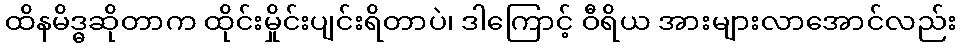
ထိနမိဒ္ဓဆိုတာက ထိုင်းမှိုင်းပျင်းရိတာပဲ၊ ဒါကြောင့် ဝီရိယ အားများလာအောင်လည်း